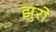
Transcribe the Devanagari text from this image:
झुरो